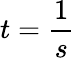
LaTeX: t={\frac{1}{s}}